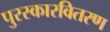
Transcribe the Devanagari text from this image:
पुरस्कारवितरण